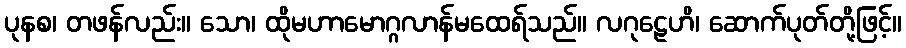
ပုနစ၊ တဖန်လည်း။ သော၊ ထိုမဟာမောဂ္ဂလာန်မထေရ်သည်။ လဂုဠေဟိ၊ ဆောက်ပုတ်တို့ဖြင့်။